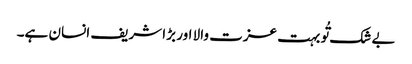
بے شک تُو بہت عزت والا اور بڑا شریف انسان ہے۔